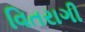
વિતરાગી